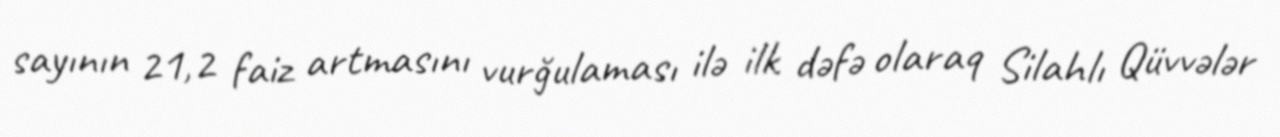
sayının 21,2 faiz artmasını vurğulaması ilə ilk dəfə olaraq Silahlı Qüvvələr